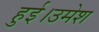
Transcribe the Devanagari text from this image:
हुई।उमेश